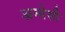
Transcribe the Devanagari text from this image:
अन्येसी